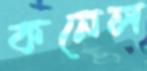
কনেল